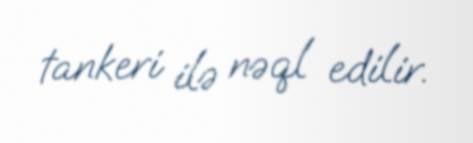
tankeri ilə nəql edilir.